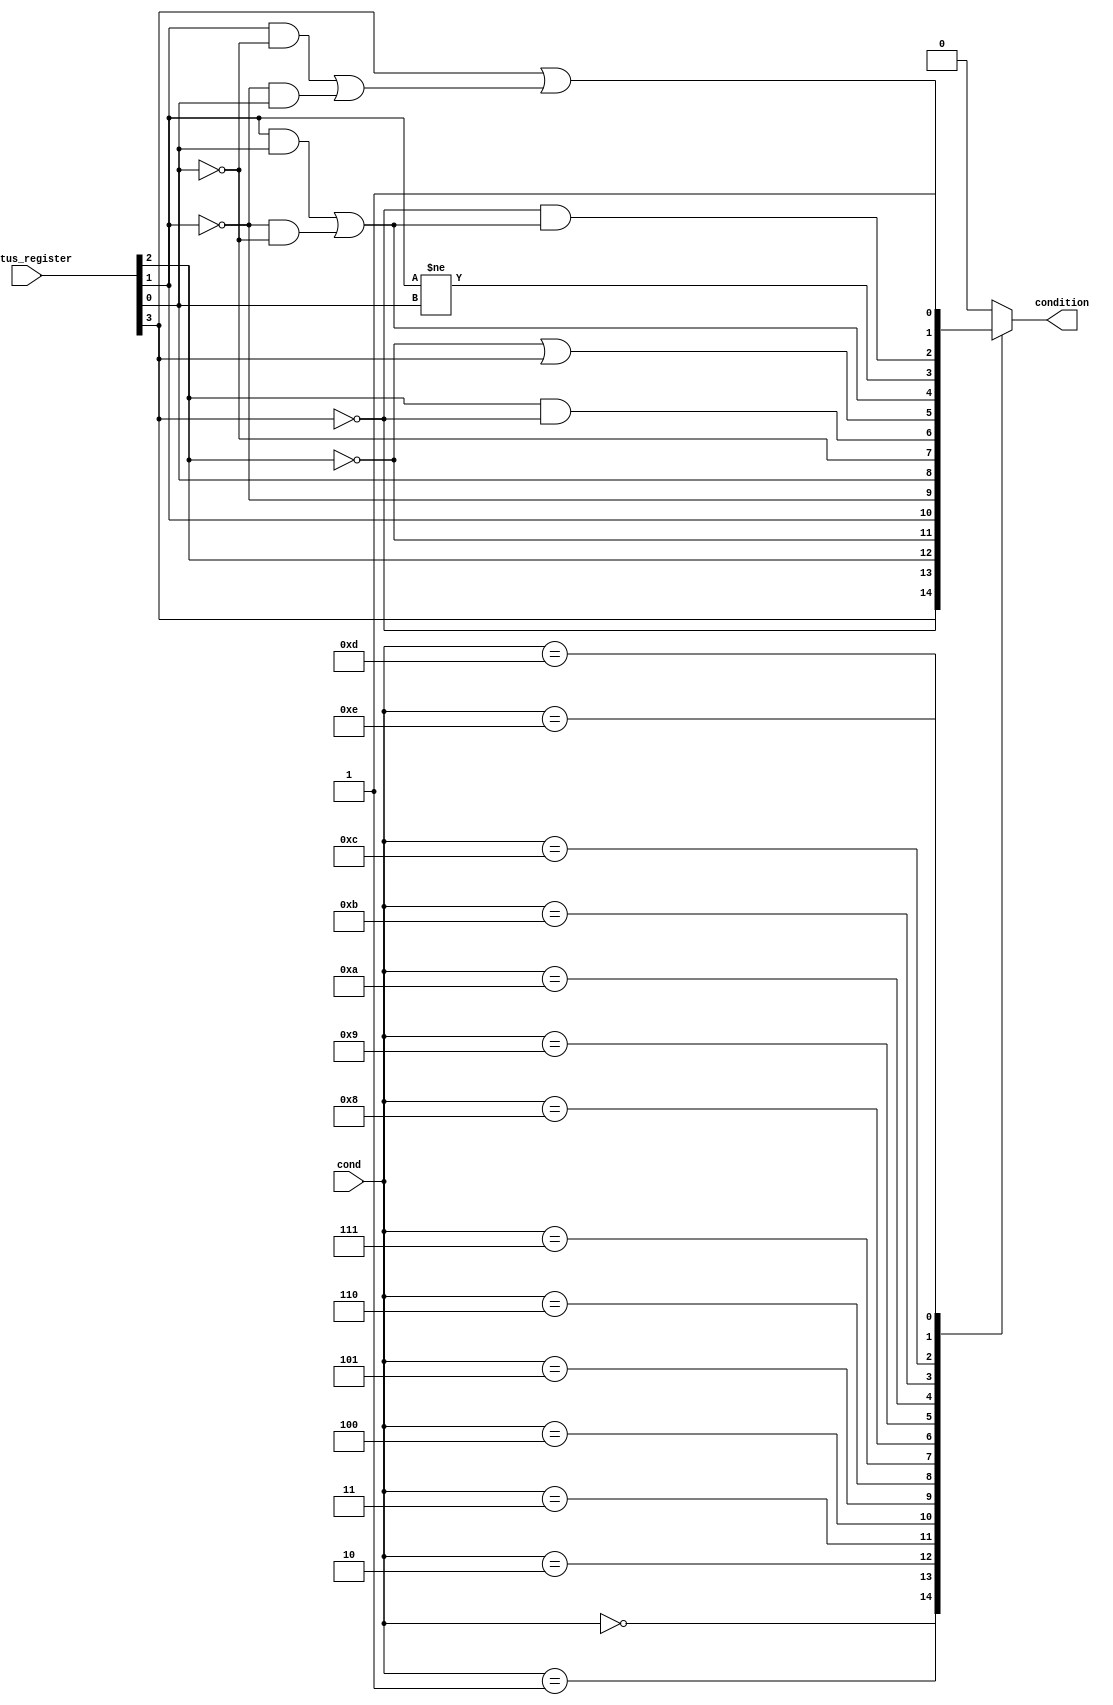
module Condition_Check(cond, status_register, condition);
    input  [3:0] cond, status_register;
    output condition;
    reg   condition_state;
    assign {Z, C, N, V} = status_register;

    parameter [3:0] EQ = 4'b0000,
                    NE = 4'b0001,
                    CS_HS = 4'b0010,
                    CC_LO = 4'b0011,
                    MI = 4'b0100,
                    PL = 4'b0101,
                    VS = 4'b0110,
                    VC = 4'b0111,
                    HI = 4'b1000,
                    LS = 4'b1001,
                    GE = 4'b1010,
                    LT = 4'b1011,
                    GT = 4'b1100,
                    LE = 4'b1101,
                    AL = 4'b1110;

    always @(cond, Z, C, N, V)begin
        // condition_state = 1'b0;
        case(cond)
            EQ:    condition_state = Z;
            NE:    condition_state = ~Z;
            CS_HS: condition_state = C;
            CC_LO: condition_state = ~C;
            MI:    condition_state = N;
            PL:    condition_state = ~N;
            VS:    condition_state = V;
            VC:    condition_state = ~V;
            HI:    condition_state = C & ~Z;
            LS:    condition_state = ~C | Z;
            GE:    condition_state = (N & V) | (~N & ~V);
            LT:    condition_state = N != V;
            GT:    condition_state = ~Z & ((N & V) | (~N & ~V));
            LE:    condition_state = Z | ((N & ~V) | (~N & V));
            AL:    condition_state = 1'b1;
            default: condition_state = 1'b0;
        endcase
    end
    assign condition = condition_state;
endmodule